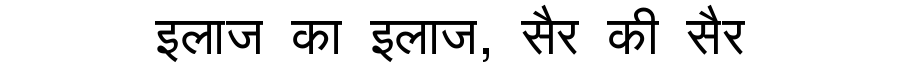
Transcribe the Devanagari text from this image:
इलाज का इलाज, सैर की सैर